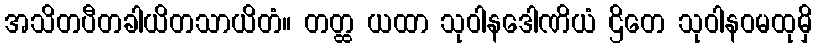
အသိတပီတခါယိတသာယိတံ။ တတ္ထ ယထာ သုဝါနဒေါဏိယံ ဌိတေ သုဝါနဝမထုမှိ